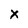
Character: x